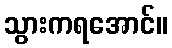
သွားကရအောင်။